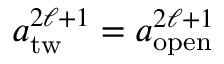
\begin{array} { r l r } { \lefteqn { a _ { \mathrm { t w } } ^ { 2 \ell + 1 } = a _ { \mathrm { o p e n } } ^ { 2 \ell + 1 } } } \end{array}